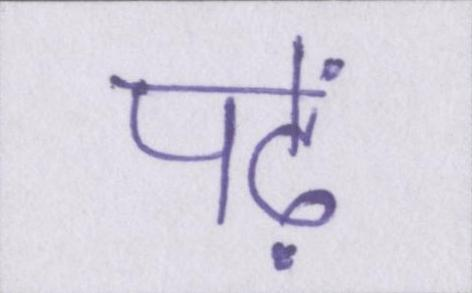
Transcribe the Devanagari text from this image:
पढ़ें